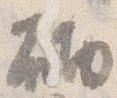
砌